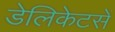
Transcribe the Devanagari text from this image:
डेलिकेटसें